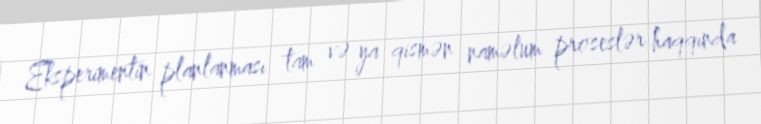
Eksperimentin planlanması tam və ya qismən naməlum proseslər haqqında